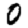
Digit: 0